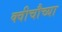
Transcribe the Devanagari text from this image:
क्वीचौच्या